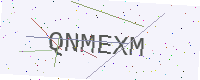
Text: QNMEXM